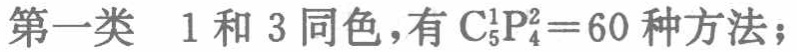
第一类 \(1\) 和 \(3\) 同色，有 \(\mathrm{C}_{5}^{1}\mathrm{P}_{4}^{2}=60\) 种方法；